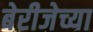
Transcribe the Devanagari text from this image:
बेरीजेच्या